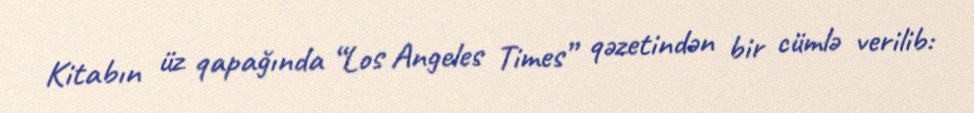
Kitabın üz qapağında “Los Angeles Times” qəzetindən bir cümlə verilib: